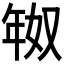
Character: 𫷗